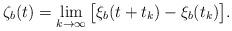
LaTeX: \begin{align*}\zeta_b(t)=\lim_{k\to\infty}\big[\xi_b(t+t_k)-\xi_b(t_k)\big].\end{align*}